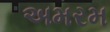
અમરમ